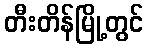
တီးတိန်မြို့တွင်